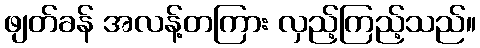
ဖျတ်ခန် အလန့်တကြား လှည့်ကြည့်သည်။